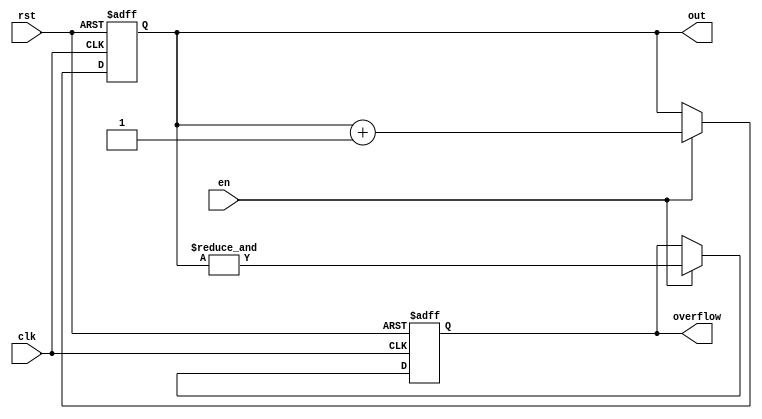
`timescale 1 ns / 100 ps



module counter #(
    //Top level block parameters
    parameter WIDTH = 4
) (
	out,
	clk,
    en,
	rst,
    overflow
);

   

//Output ports
output reg [WIDTH-1:0] out;
output reg          overflow;
   

//Input ports
input clk;
input rst;
input en;
   



always @(posedge clk or posedge rst) begin
  if (rst) begin
    out <= 0;
    overflow <= 0;
  end else if (en) begin
    out <= out + 1;
    //overflow <= (out == 2 ** WIDTH -1);  
    overflow <= &out;
     
  end
end
endmodule // counter



////module comparator2 (
////	y,
////	a,
////    b
////);
////
////   output       y;
////   input  [1:0] a,b;
////
////   assign y = (a[1] & ~b[1]) | (a[0] & ~b[1] & ~b[0]) | (a[1] & a[0] & ~b[0]);
////   
////
////endmodule // comparator2


module comp_1b (
	a,
    b,
    equal,
    a_larger
);

   output       equal,a_larger;
   input        a,b;

   assign equal    = (a  & b) | (~a & ~b);
   assign a_larger = (a  & ~b);
   

endmodule // comp_1b


              
module comp_2b (
	a_gt_b,
	a,
    b
);

   output       a_gt_b;
   input  [1:0] a,b;

   wire [1:0]   e,agt;

   comp_1b comp0(.a(a[0]),.b(b[0]),.equal(e[0]),.a_larger(agt[0]));
   comp_1b comp1(.a(a[1]),.b(b[1]),.equal(e[1]),.a_larger(agt[1]));

   assign a_gt_b = agt[1] | (agt[0] & e[1]);
   

endmodule // comp_2b



module comp_4b (
	a_gt_b,
	a,
    b
);

   output       a_gt_b;
   input  [3:0] a,b;

   wire [3:0]   e,agt;

   comp_1b comp0(.a(a[0]),.b(b[0]),.equal(e[0]),.a_larger(agt[0]));
   comp_1b comp1(.a(a[1]),.b(b[1]),.equal(e[1]),.a_larger(agt[1]));
   comp_1b comp2(.a(a[2]),.b(b[2]),.equal(e[2]),.a_larger(agt[2]));
   comp_1b comp3(.a(a[3]),.b(b[3]),.equal(e[3]),.a_larger(agt[3]));

   assign a_gt_b = agt[3] | (agt[2] & e[3]) | (agt[1] & e[3] & e[2]) | (agt[0] & e[3] & e[2] & e[1]);
   

endmodule // comp_4b


module comp_5b (
	a_gt_b,
	a,
    b
);

   output       a_gt_b;
   input  [4:0] a,b;

   wire [4:0]   e,agt;

   comp_1b comp0(.a(a[0]),.b(b[0]),.equal(e[0]),.a_larger(agt[0]));
   comp_1b comp1(.a(a[1]),.b(b[1]),.equal(e[1]),.a_larger(agt[1]));
   comp_1b comp2(.a(a[2]),.b(b[2]),.equal(e[2]),.a_larger(agt[2]));
   comp_1b comp3(.a(a[3]),.b(b[3]),.equal(e[3]),.a_larger(agt[3]));
   comp_1b comp4(.a(a[4]),.b(b[4]),.equal(e[4]),.a_larger(agt[4]));
   

   assign a_gt_b = agt[4] | (agt[3] & e[4]) | (agt[2] & e[4] & e[3]) | (agt[1] & e[4] & e[3] & e[2]) | (agt[0] & e[4] & e[3] & e[2] & e[1]);
   

endmodule // comp_5b




module comp_8b (
	a_gt_b,
	a,
    b
);

   output       a_gt_b;
   input  [7:0] a,b;

   wire [7:0]   e,agt;

   wire         e76,e75,e74,e73,e72,e71;
   

   comp_1b comp0(.a(a[0]),.b(b[0]),.equal(e[0]),.a_larger(agt[0]));
   comp_1b comp1(.a(a[1]),.b(b[1]),.equal(e[1]),.a_larger(agt[1]));
   comp_1b comp2(.a(a[2]),.b(b[2]),.equal(e[2]),.a_larger(agt[2]));
   comp_1b comp3(.a(a[3]),.b(b[3]),.equal(e[3]),.a_larger(agt[3]));
   comp_1b comp4(.a(a[4]),.b(b[4]),.equal(e[4]),.a_larger(agt[4]));
   comp_1b comp5(.a(a[5]),.b(b[5]),.equal(e[5]),.a_larger(agt[5]));
   comp_1b comp6(.a(a[6]),.b(b[6]),.equal(e[6]),.a_larger(agt[6]));
   comp_1b comp7(.a(a[7]),.b(b[7]),.equal(e[7]),.a_larger(agt[7]));

   assign e76 = e[7] & e[6];
   assign e75 = e76  & e[5];
   assign e74 = e75  & e[4];
   assign e73 = e74  & e[3];
   assign e72 = e73  & e[2];
   assign e71 = e72  & e[1];
   
   assign a_gt_b = agt[7] | (agt[6] & e[7]) | (agt[5] & e76) | (agt[4] & e75) | (agt[3] & e74) | (agt[2] & e73) | (agt[1] & e72) | (agt[0] & e71);
   

endmodule // comp_10b

module comp_10b (
	a_gt_b,
	a,
    b
);

   output       a_gt_b;
   input  [9:0] a,b;

   wire [9:0]   e,agt;

   wire         e98,e97,e96,e95,e94,e93,e92,e91;
   

   comp_1b comp0(.a(a[0]),.b(b[0]),.equal(e[0]),.a_larger(agt[0]));
   comp_1b comp1(.a(a[1]),.b(b[1]),.equal(e[1]),.a_larger(agt[1]));
   comp_1b comp2(.a(a[2]),.b(b[2]),.equal(e[2]),.a_larger(agt[2]));
   comp_1b comp3(.a(a[3]),.b(b[3]),.equal(e[3]),.a_larger(agt[3]));
   comp_1b comp4(.a(a[4]),.b(b[4]),.equal(e[4]),.a_larger(agt[4]));
   comp_1b comp5(.a(a[5]),.b(b[5]),.equal(e[5]),.a_larger(agt[5]));
   comp_1b comp6(.a(a[6]),.b(b[6]),.equal(e[6]),.a_larger(agt[6]));
   comp_1b comp7(.a(a[7]),.b(b[7]),.equal(e[7]),.a_larger(agt[7]));

   assign e98 = e[9] & e[8];
   assign e97 = e98  & e[7];
   assign e96 = e97  & e[6];
   assign e95 = e96  & e[5];
   assign e94 = e95  & e[4];
   assign e93 = e94  & e[3];
   assign e92 = e93  & e[2];
   assign e91 = e92  & e[1];
   
   assign a_gt_b = agt[9] | (agt[8] & e[9]) | (agt[7] & e98) | (agt[6] & e97) | (agt[5] & e96) | (agt[4] & e95) | (agt[3] & e94) | (agt[2] & e93) | (agt[1] & e92) | (agt[0] & e91);
   

endmodule // comp_10b





module prg_4b (
	clk,
    rst,
    en,
    bin_in,
    sn_out,
    ctr_overflow  
);

   input       clk,rst,en;
   input [3:0] bin_in;
   output      sn_out,ctr_overflow;

   wire [3:0]  ctr4_out;
   
   

counter #(
   .WIDTH (4)
) ctr4 (
  .clk(clk),
  .rst(rst),
  .en(en),
  .out(ctr4_out),
  .overflow(ctr_overflow)
);


comp_4b     comp4 (.a(bin_in), .b(ctr4_out), .a_gt_b(sn_out));

endmodule // prg_4b


module prg_5b (
	clk,
    rst,
    en,
    bin_in,
    sn_out,
    ctr_overflow  
);

   input       clk,rst,en;
   input [4:0] bin_in;
   output      sn_out,ctr_overflow;

   wire [4:0]  ctr4_out;
   
   

counter #(
   .WIDTH (5)
) ctr4 (
  .clk(clk),
  .rst(rst),
  .en(en),
  .out(ctr4_out),
  .overflow(ctr_overflow)
);


comp_5b     comp4 (.a(bin_in), .b(ctr4_out), .a_gt_b(sn_out));

endmodule // prg_5b




module det_stoch_mul (
	a,
    b,
    y
);

   input a,b;
   output y;

   assign y = a & b;

endmodule // det_stoch_mul



module shift_reg_32b (
    clk,
	scan_in,
    wrap_mode,
    en,
    rst,
    shiftreg_out
);

   input         scan_in,wrap_mode,rst,en,clk;
   output  [31:0] shiftreg_out;
   

   reg [31:0]    shiftreg;

   wire          si_int;
   

   always @(posedge clk or posedge rst) begin
     if (rst) begin
       shiftreg <= 0;
     end else if (en) begin
       shiftreg <= {shiftreg[30:0],si_int};
     end
   end
   

   assign si_int = ((~wrap_mode) & (scan_in)) | ((wrap_mode) & (shiftreg[31]));
   assign shiftreg_out = shiftreg;
   

endmodule // shift_reg_32b







module shift_reg_16b_half (
    clk,
	scan_in,
    wrap_mode,
    en,
    rst,
    shiftreg_out
);

   input         scan_in,wrap_mode,rst,en,clk;
   output  [7:0] shiftreg_out;
   

   reg [15:0]    shiftreg;

   wire          si_int;
   

   always @(posedge clk or posedge rst) begin
     if (rst) begin
       shiftreg <= 0;
     end else if (en) begin
       shiftreg <= {shiftreg[14:0],si_int};
     end
   end
   

   assign si_int = ((~wrap_mode) & (scan_in)) | ((wrap_mode) & (shiftreg[15]));
   assign shiftreg_out = shiftreg[15:8];
   

endmodule // shift_reg_16b_half



module shift_reg_16b_quarter (
    clk,
	scan_in,
    wrap_mode,
    en,
    rst,
    shiftreg_out
);

   input         scan_in,wrap_mode,rst,en,clk;
   output  [3:0] shiftreg_out;
   

   reg [15:0]    shiftreg;

   wire          si_int;
   

   always @(posedge clk or posedge rst) begin
     if (rst) begin
       shiftreg <= 0;
     end else if (en) begin
       shiftreg <= {shiftreg[14:0],si_int};
     end
   end
   

   assign si_int = ((~wrap_mode) & (scan_in)) | ((wrap_mode) & (shiftreg[15]));
   assign shiftreg_out = shiftreg[15:12];
   

endmodule // shift_reg_16b_half


module shift_reg_16b_eighth (
    clk,
	scan_in,
    wrap_mode,
    en,
    rst,
    shiftreg_out
);

   input         scan_in,wrap_mode,rst,en,clk;
   output  [1:0] shiftreg_out;
   

   reg [15:0]    shiftreg;

   wire          si_int;
   

   always @(posedge clk or posedge rst) begin
     if (rst) begin
       shiftreg <= 0;
     end else if (en) begin
       shiftreg <= {shiftreg[14:0],si_int};
     end
   end
   

   assign si_int = ((~wrap_mode) & (scan_in)) | ((wrap_mode) & (shiftreg[15]));
   assign shiftreg_out = shiftreg[15:14];
   

endmodule // shift_reg_16b_half





module shift_reg_16b_noshift (
    clk,
	scan_in,
    en,
    rst,
    shiftreg_out
);

   input         scan_in,rst,en,clk;
   output  [15:0] shiftreg_out;
   

   reg [15:0]    shiftreg;

   

   always @(posedge clk or posedge rst) begin
     if (rst) begin
       shiftreg <= 0;
     end else if (en) begin
       shiftreg <= {shiftreg[14:0],scan_in};
     end
   end
   

   assign shiftreg_out = shiftreg;
   

endmodule // shift_reg_16b_noshift






module pipe_mul_32b (
	a,
    b,
    y
);

   input  [31:0] a,b;
   output [31:0] y;

   assign y[0]  = a[0]  & b[0];
   assign y[1]  = a[1]  & b[1];
   assign y[2]  = a[2]  & b[2];
   assign y[3]  = a[3]  & b[3];
   assign y[4]  = a[4]  & b[4];
   assign y[5]  = a[5]  & b[5];
   assign y[6]  = a[6]  & b[6];
   assign y[7]  = a[7]  & b[7];
   assign y[8]  = a[8]  & b[8];
   assign y[9]  = a[9]  & b[9];
   assign y[10] = a[10] & b[10];
   assign y[11] = a[11] & b[11];
   assign y[12] = a[12] & b[12];
   assign y[13] = a[13] & b[13];
   assign y[14] = a[14] & b[14];
   assign y[15] = a[15] & b[15];
   assign y[16] = a[16] & b[16];
   assign y[17] = a[17] & b[17];
   assign y[18] = a[18] & b[18];
   assign y[19] = a[19] & b[19];
   assign y[20] = a[20] & b[20];
   assign y[21] = a[21] & b[21];
   assign y[22] = a[22] & b[22];
   assign y[23] = a[23] & b[23];
   assign y[24] = a[24] & b[24];
   assign y[25] = a[25] & b[25];
   assign y[26] = a[26] & b[26];
   assign y[27] = a[27] & b[27];
   assign y[28] = a[28] & b[28];
   assign y[29] = a[29] & b[29];
   assign y[30] = a[30] & b[30];
   assign y[31] = a[31] & b[31];
   

endmodule // pipe_mul_32b




module pipe_mul_16b_half (
	a,
    b,
    y
);

   input  [7:0] a,b;
   output [7:0] y;

   assign y[0]  = a[0]  & b[0];
   assign y[1]  = a[1]  & b[1];
   assign y[2]  = a[2]  & b[2];
   assign y[3]  = a[3]  & b[3];
   assign y[4]  = a[4]  & b[4];
   assign y[5]  = a[5]  & b[5];
   assign y[6]  = a[6]  & b[6];
   assign y[7]  = a[7]  & b[7];
   

endmodule // pipe_mul_16b_half

module pipe_mul_16b_quarter (
	a,
    b,
    y
);

   input  [3:0] a,b;
   output [3:0] y;

   assign y[0]  = a[0]  & b[0];
   assign y[1]  = a[1]  & b[1];
   assign y[2]  = a[2]  & b[2];
   assign y[3]  = a[3]  & b[3];
   

endmodule // pipe_mul_16b_quarter

module pipe_mul_16b_eighth (
	a,
    b,
    y
);

   input  [1:0] a,b;
   output [1:0] y;

   assign y[0]  = a[0]  & b[0];
   assign y[1]  = a[1]  & b[1];
   

endmodule // pipe_mul_16b_eighth






module ctr_out_bank_32 (
	clk,
    rst,
    en,                    
    mul_in,
    bin_out
);

   input clk,rst;
   input [31:0] mul_in;
   output [9:0] bin_out;
   input        en;
   
   
   wire  [4:0] ctr0,ctr1,ctr2,ctr3,ctr4,ctr5,ctr6,ctr7,ctr8,ctr9,ctr10,ctr11,ctr12,ctr13,ctr14,ctr15,ctr16,ctr17,ctr18,ctr19,ctr20,ctr21,ctr22,ctr23,ctr24,ctr25,ctr26,ctr27,ctr28,ctr29,ctr30,ctr31;

   wire [31:0]  unused;
   
   
   counter #( .WIDTH (5) )
   stoch2bin_0 (
   .clk(clk),
   .rst(rst),
   .en(mul_in[0] & en),
   .out(ctr0),
   .overflow(unused[0])
   );

   counter #( .WIDTH (5) )
   stoch2bin_1 (
   .clk(clk),
   .rst(rst),
   .en(mul_in[1] & en),
   .out(ctr1),
   .overflow(unused[1])
   );


   counter #( .WIDTH (5) )
   stoch2bin_2 (
   .clk(clk),
   .rst(rst),
   .en(mul_in[2] & en),
   .out(ctr2),
   .overflow(unused[2])
   );

   counter #( .WIDTH (5) )
   stoch2bin_3 (
   .clk(clk),
   .rst(rst),
   .en(mul_in[3] & en),
   .out(ctr3),
   .overflow(unused[3])
   );

   counter #( .WIDTH (5) )
   stoch2bin_4 (
   .clk(clk),
   .rst(rst),
   .en(mul_in[4] & en),
   .out(ctr4),
   .overflow(unused[4])
   );

   counter #( .WIDTH (5) )
   stoch2bin_5 (
   .clk(clk),
   .rst(rst),
   .en(mul_in[5] & en),
   .out(ctr5),
   .overflow(unused[5])
   );

   counter #( .WIDTH (5) )
   stoch2bin_6 (
   .clk(clk),
   .rst(rst),
   .en(mul_in[6] & en),
   .out(ctr6),
   .overflow(unused[6])
   );

   counter #( .WIDTH (5) )
   stoch2bin_7 (
   .clk(clk),
   .rst(rst),
   .en(mul_in[7] & en),
   .out(ctr7),
   .overflow(unused[7])
   );
 
   counter #( .WIDTH (5) )
   stoch2bin_8 (
   .clk(clk),
   .rst(rst),
   .en(mul_in[8] & en),
   .out(ctr8),
   .overflow(unused[8])
   );

   counter #( .WIDTH (5) )
   stoch2bin_9 (
   .clk(clk),
   .rst(rst),
   .en(mul_in[9]),
   .out(ctr9),
   .overflow(unused[9])
   );

   counter #( .WIDTH (5) )
   stoch2bin_10 (
   .clk(clk),
   .rst(rst),
   .en(mul_in[10] & en),
   .out(ctr10),
   .overflow(unused[10])
   );

   counter #( .WIDTH (5) )
   stoch2bin_11 (
   .clk(clk),
   .rst(rst),
   .en(mul_in[11] & en),
   .out(ctr11),
   .overflow(unused[11])
   );

   counter #( .WIDTH (5) )
   stoch2bin_12 (
   .clk(clk),
   .rst(rst),
   .en(mul_in[12] & en),
   .out(ctr12),
   .overflow(unused[12])
   );

   counter #( .WIDTH (5) )
   stoch2bin_13 (
   .clk(clk),
   .rst(rst),
   .en(mul_in[13] & en),
   .out(ctr13),
   .overflow(unused[13])
   );

   counter #( .WIDTH (5) )
   stoch2bin_14 (
   .clk(clk),
   .rst(rst),
   .en(mul_in[14] & en),
   .out(ctr14),
   .overflow(unused[14])
   );

   counter #( .WIDTH (5) )
   stoch2bin_15 (
   .clk(clk),
   .rst(rst),
   .en(mul_in[15] & en),
   .out(ctr15),
   .overflow(unused[15])
   );

     counter #( .WIDTH (5) )
   stoch2bin_16 (
   .clk(clk),
   .rst(rst),
   .en(mul_in[16] & en),
   .out(ctr16),
   .overflow(unused[16])
   );


      counter #( .WIDTH (5) )
   stoch2bin_17 (
   .clk(clk),
   .rst(rst),
   .en(mul_in[17] & en),
   .out(ctr17),
   .overflow(unused[17])
   );

   counter #( .WIDTH (5) )
   stoch2bin_18 (
   .clk(clk),
   .rst(rst),
   .en(mul_in[18] & en),
   .out(ctr18),
   .overflow(unused[18])
   );


   counter #( .WIDTH (5) )
   stoch2bin_19 (
   .clk(clk),
   .rst(rst),
   .en(mul_in[19] & en),
   .out(ctr19),
   .overflow(unused[19])
   );

   counter #( .WIDTH (5) )
   stoch2bin_20 (
   .clk(clk),
   .rst(rst),
   .en(mul_in[20] & en),
   .out(ctr20),
   .overflow(unused[20])
   );

   counter #( .WIDTH (5) )
   stoch2bin_21 (
   .clk(clk),
   .rst(rst),
   .en(mul_in[21] & en),
   .out(ctr21),
   .overflow(unused[21])
   );


   counter #( .WIDTH (5) )
   stoch2bin_22 (
   .clk(clk),
   .rst(rst),
   .en(mul_in[22] & en),
   .out(ctr22),
   .overflow(unused[22])
   );

   counter #( .WIDTH (5) )
   stoch2bin_23 (
   .clk(clk),
   .rst(rst),
   .en(mul_in[23] & en),
   .out(ctr23),
   .overflow(unused[23])
   );
 
   counter #( .WIDTH (5) )
   stoch2bin_24 (
   .clk(clk),
   .rst(rst),
   .en(mul_in[24] & en),
   .out(ctr24),
   .overflow(unused[24])
   );

   counter #( .WIDTH (5) )
   stoch2bin_25 (
   .clk(clk),
   .rst(rst),
   .en(mul_in[25] & en),
   .out(ctr25),
   .overflow(unused[25])
   );

   counter #( .WIDTH (5) )
   stoch2bin_26 (
   .clk(clk),
   .rst(rst),
   .en(mul_in[26] & en),
   .out(ctr26),
   .overflow(unused[26])
   );

   counter #( .WIDTH (5) )
   stoch2bin_27 (
   .clk(clk),
   .rst(rst),
   .en(mul_in[27] & en),
   .out(ctr27),
   .overflow(unused[27])
   );

   counter #( .WIDTH (5) )
   stoch2bin_28 (
   .clk(clk),
   .rst(rst),
   .en(mul_in[28] & en),
   .out(ctr28),
   .overflow(unused[28])
   );

   counter #( .WIDTH (5) )
   stoch2bin_29 (
   .clk(clk),
   .rst(rst),
   .en(mul_in[29] & en),
   .out(ctr29),
   .overflow(unused[29])
   );

   counter #( .WIDTH (5) )
   stoch2bin_30 (
   .clk(clk),
   .rst(rst),
   .en(mul_in[30] & en),
   .out(ctr30),
   .overflow(unused[30])
   );

   counter #( .WIDTH (5) )
   stoch2bin_31 (
   .clk(clk),
   .rst(rst),
   .en(mul_in[31] & en),
   .out(ctr31),
   .overflow(unused[31])
   );


   assign bin_out = ctr0 + ctr1 + ctr2 + ctr3 + ctr4 + ctr5 + ctr6 + ctr7 + ctr8 + ctr9 + ctr10 + ctr11 + ctr12 + ctr13 + ctr14 + ctr15;
   

       

endmodule // ctr_out_bank


module ctr_out_bank_half (
	clk,
    rst,
    en,                      
    mul_in,
    bin_out
);

   input clk,rst,en; // add input enable to gate during shift cycles
   input [7:0] mul_in;
   output [31:0] bin_out;
   
   wire  [4:0] ctr0,ctr1,ctr2,ctr3,ctr4,ctr5,ctr6,ctr7;

   wire [7:0]  unused;
   
   
   counter #( .WIDTH (5) )
   stoch2bin_0 (
   .clk(clk),
   .rst(rst),
   .en(mul_in[0] & en),
   .out(ctr0),
   .overflow(unused[0])
   );

   counter #( .WIDTH (5) )
   stoch2bin_1 (
   .clk(clk),
   .rst(rst),
   .en(mul_in[1] & en),
   .out(ctr1),
   .overflow(unused[1])
   );


   counter #( .WIDTH (5) )
   stoch2bin_2 (
   .clk(clk),
   .rst(rst),
   .en(mul_in[2] & en),
   .out(ctr2),
   .overflow(unused[2])
   );

   counter #( .WIDTH (5) )
   stoch2bin_3 (
   .clk(clk),
   .rst(rst),
   .en(mul_in[3] & en),
   .out(ctr3),
   .overflow(unused[3])
   );

   counter #( .WIDTH (5) )
   stoch2bin_4 (
   .clk(clk),
   .rst(rst),
   .en(mul_in[4] & en),
   .out(ctr4),
   .overflow(unused[4])
   );

   counter #( .WIDTH (5) )
   stoch2bin_5 (
   .clk(clk),
   .rst(rst),
   .en(mul_in[5] & en),
   .out(ctr5),
   .overflow(unused[5])
   );

   counter #( .WIDTH (5) )
   stoch2bin_6 (
   .clk(clk),
   .rst(rst),
   .en(mul_in[6] & en),
   .out(ctr6),
   .overflow(unused[6])
   );

   counter #( .WIDTH (5) )
   stoch2bin_7 (
   .clk(clk),
   .rst(rst),
   .en(mul_in[7] & en),
   .out(ctr7),
   .overflow(unused[7])
   );
 

   assign bin_out = ctr0 + ctr1 + ctr2 + ctr3 + ctr4 + ctr5 + ctr6 + ctr7;
   

       

endmodule // ctr_out_bank_half



module ctr_out_bank_quarter (
	clk,
    rst,
    en,                      
    mul_in,
    bin_out
);

   input clk,rst,en; // add input enable to gate during shift cycles
   input [3:0] mul_in;
   output [31:0] bin_out;
   
   wire  [5:0] ctr0,ctr1,ctr2,ctr3;

   wire [3:0]  unused;
   
   
   counter #( .WIDTH (6) )
   stoch2bin_0 (
   .clk(clk),
   .rst(rst),
   .en(mul_in[0] & en),
   .out(ctr0),
   .overflow(unused[0])
   );

   counter #( .WIDTH (6) )
   stoch2bin_1 (
   .clk(clk),
   .rst(rst),
   .en(mul_in[1] & en),
   .out(ctr1),
   .overflow(unused[1])
   );


   counter #( .WIDTH (6) )
   stoch2bin_2 (
   .clk(clk),
   .rst(rst),
   .en(mul_in[2] & en),
   .out(ctr2),
   .overflow(unused[2])
   );

   counter #( .WIDTH (6) )
   stoch2bin_3 (
   .clk(clk),
   .rst(rst),
   .en(mul_in[3] & en),
   .out(ctr3),
   .overflow(unused[3])
   );

 

   assign bin_out = ctr0 + ctr1 + ctr2 + ctr3;
   

       

endmodule // ctr_out_bank_quarter


module ctr_out_bank_eighth (
	clk,
    rst,
    en,                      
    mul_in,
    bin_out
);

   input clk,rst,en; // add input enable to gate during shift cycles
   input [1:0] mul_in;
   output [31:0] bin_out;
   
   wire  [6:0] ctr0,ctr1;

   wire [1:0]  unused;
   
   
   counter #( .WIDTH (7) )
   stoch2bin_0 (
   .clk(clk),
   .rst(rst),
   .en(mul_in[0] & en),
   .out(ctr0),
   .overflow(unused[0])
   );

   counter #( .WIDTH (7) )
   stoch2bin_1 (
   .clk(clk),
   .rst(rst),
   .en(mul_in[1] & en),
   .out(ctr1),
   .overflow(unused[1])
   );


 

   assign bin_out = ctr0 + ctr1;
   

       

endmodule // ctr_out_bank_eighth





module pipe_mul_5b_full_top (
clk,
rst,
en,
output_gate,                          
input_bin_a,
input_bin_b,
input_bin_c,                          
wrap_mode_a,
wrap_mode_b,
en_sr_a,
en_sr_b,
rst_out,
bin_out                  
);

   input clk,rst,en,wrap_mode_a,wrap_mode_b,en_sr_a,en_sr_b,rst_out,output_gate;
   input [4:0] input_bin_a,input_bin_b;
   input [4:0] input_bin_c;
   
   output [9:0] bin_out;
   
   wire [9:0]   bin_out_int;
   wire         sn_out_a,sn_out_b;
   wire         ctr4_overflow_a,ctr4_overflow_b;
   wire [31:0]  sr_out_a,sr_out_b,sr_mul_out;
   
   

//bin2stoch a   
prg_5b dut_prg5b_a (
  .clk(clk),
  .rst(rst),
  .en(en),
  .bin_in(input_bin_a),
  .sn_out(sn_out_a),
  .ctr_overflow(ctr4_overflow_a)         
);

//shiftreg_a  
shift_reg_32b dut_sr_a (
  .clk(clk),
  .scan_in(sn_out_a),
  .wrap_mode(wrap_mode_a),
  .en(en_sr_a),
  .rst(rst),
  .shiftreg_out(sr_out_a)
);

   

//bin2stoch b
prg_5b dut_prg5b_b (
  .clk(clk),
  .rst(rst),
  .en(en),
  .bin_in(input_bin_b),
  .sn_out(sn_out_b),
  .ctr_overflow(ctr4_overflow_b)         
);

//shiftreg_b 
shift_reg_32b dut_sr_b (
  .clk(clk),
  .scan_in(sn_out_b),
  .wrap_mode(wrap_mode_b),
  .en(en_sr_b),
  .rst(rst),
  .shiftreg_out(sr_out_b)
);


   

//pipelined multiplier circuit
pipe_mul_32b dut_pipe_mul (
  .a(sr_out_a),
  .b(sr_out_b),
  .y(sr_mul_out)
);
                       

ctr_out_bank_32 dut_ctr_out (
  .clk(clk),
  .rst(rst_out),
  .en(output_gate),                             
  .mul_in(sr_mul_out),
  .bin_out(bin_out_int)                      
);

   assign bin_out = bin_out_int + input_bin_c;
   
                     

endmodule // pipe_mul_5b_full_top